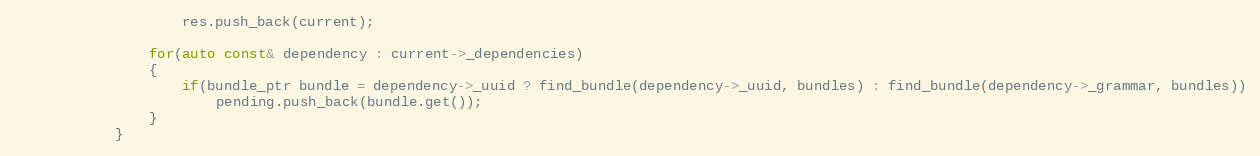
Language: C++
					res.push_back(current);

				for(auto const& dependency : current->_dependencies)
				{
					if(bundle_ptr bundle = dependency->_uuid ? find_bundle(dependency->_uuid, bundles) : find_bundle(dependency->_grammar, bundles))
						pending.push_back(bundle.get());
				}
			}